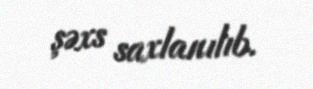
şəxs saxlanılıb.